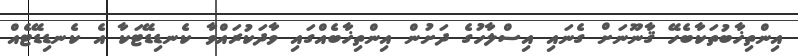
އިންތިޚާބުތަކާބެހޭ ޤާނޫނަށް ގެނައި އިސްލާހުގެ ދަށުން އިންތިޚާބެއްގައި ވާދަކުރައްވާ ކެނޑިޑޭޓަކާ އެ ކެނޑިޑޭޓެއް